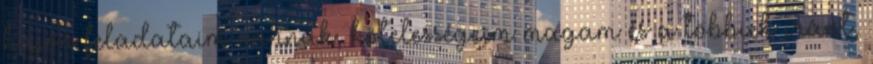
hajón feladataim vannak, kötelességeim magam és a többiek iránt,